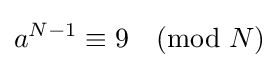
a^{N-1}\equiv 9{\pmod {N}}